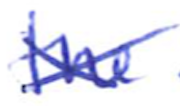
Text: the
Cross-out: cross
Writing tool: ballpoint